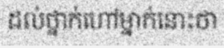
ដល់ថ្នាក់ហៅម្នាក់នោះថា